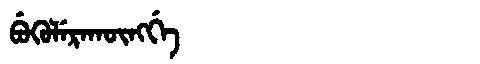
Manchu: ᠪᡠᡴᡠᠯᡝᡵᠠᡴᡡᠩᡤᡝ
Romanization: BUKULERAKŪNGGE